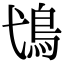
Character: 𩾢